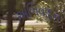
અભિવાદન